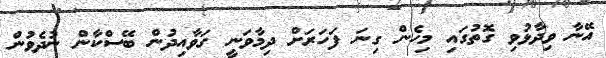
އޭނާ ވިދާޅުވި ގޮތުގައި މިހެން ގިނަ ފަހަރަށް ދިމާވަނީ ގަވާއިދުން ބޭސްކާން ނުދެވުން